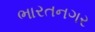
ભારતનગર